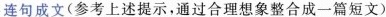
连句成文（参考上述提示，通过合理想象整合成一篇短文）